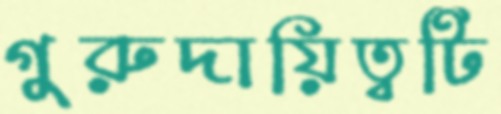
গুরুদায়িত্বটি